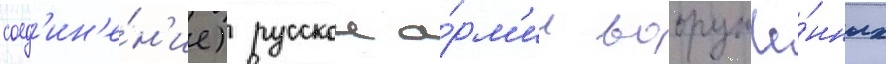
соед'ин'е́н'ие) русскои а́рм'ии вооружё́нных